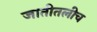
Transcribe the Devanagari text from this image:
जातीतलीच